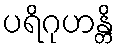
ပရိဂုဟန္တိ